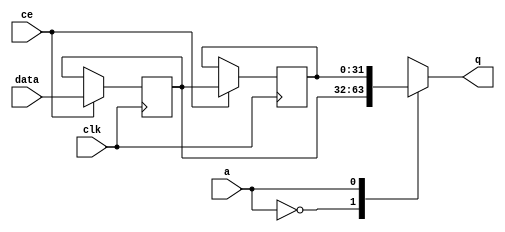
// ==============================================================
// File generated by Vivado(TM) HLS - High-Level Synthesis from C, C++ and SystemC
// Version: 2016.3
// Copyright (C) 1986-2016 Xilinx, Inc. All Rights Reserved.
// 
// ==============================================================


`timescale 1 ns / 1 ps

module udpCapitalize_lb_dEe_shiftReg (
    clk,
    data,
    ce,
    a,
    q);

parameter DATA_WIDTH = 32'd32;
parameter ADDR_WIDTH = 32'd1;
parameter DEPTH = 32'd2;

input clk;
input [DATA_WIDTH-1:0] data;
input ce;
input [ADDR_WIDTH-1:0] a;
output [DATA_WIDTH-1:0] q;

reg[DATA_WIDTH-1:0] SRL_SIG [0:DEPTH-1];
integer i;

always @ (posedge clk)
    begin
        if (ce)
        begin
            for (i=0;i<DEPTH-1;i=i+1)
                SRL_SIG[i+1] <= SRL_SIG[i];
            SRL_SIG[0] <= data;
        end
    end

assign q = SRL_SIG[a];

endmodule

module udpCapitalize_lb_dEe (
    clk,
    reset,
    if_empty_n,
    if_read_ce,
    if_read,
    if_dout,
    if_full_n,
    if_write_ce,
    if_write,
    if_din);

parameter MEM_STYLE = "auto";
parameter DATA_WIDTH = 32'd32;
parameter ADDR_WIDTH = 32'd1;
parameter DEPTH = 32'd2;

input clk;
input reset;
output if_empty_n;
input if_read_ce;
input if_read;
output[DATA_WIDTH - 1:0] if_dout;
output if_full_n;
input if_write_ce;
input if_write;
input[DATA_WIDTH - 1:0] if_din;

wire[ADDR_WIDTH - 1:0] shiftReg_addr ;
wire[DATA_WIDTH - 1:0] shiftReg_data, shiftReg_q;
wire                     shiftReg_ce;
reg[ADDR_WIDTH:0] mOutPtr = {(ADDR_WIDTH+1){1'b1}};
reg internal_empty_n = 0, internal_full_n = 1;

assign if_empty_n = internal_empty_n;
assign if_full_n = internal_full_n;
assign shiftReg_data = if_din;
assign if_dout = shiftReg_q;

always @ (posedge clk) begin
    if (reset == 1'b1)
    begin
        mOutPtr <= ~{ADDR_WIDTH+1{1'b0}};
        internal_empty_n <= 1'b0;
        internal_full_n <= 1'b1;
    end
    else begin
        if (((if_read & if_read_ce) == 1 & internal_empty_n == 1) && 
            ((if_write & if_write_ce) == 0 | internal_full_n == 0))
        begin
            mOutPtr <= mOutPtr -1;
            if (mOutPtr == 0)
                internal_empty_n <= 1'b0;
            internal_full_n <= 1'b1;
        end 
        else if (((if_read & if_read_ce) == 0 | internal_empty_n == 0) && 
            ((if_write & if_write_ce) == 1 & internal_full_n == 1))
        begin
            mOutPtr <= mOutPtr +1;
            internal_empty_n <= 1'b1;
            if (mOutPtr == DEPTH-2)
                internal_full_n <= 1'b0;
        end 
    end
end

assign shiftReg_addr = mOutPtr[ADDR_WIDTH] == 1'b0 ? mOutPtr[ADDR_WIDTH-1:0]:{ADDR_WIDTH{1'b0}};
assign shiftReg_ce = (if_write & if_write_ce) & internal_full_n;

udpCapitalize_lb_dEe_shiftReg 
#(
    .DATA_WIDTH(DATA_WIDTH),
    .ADDR_WIDTH(ADDR_WIDTH),
    .DEPTH(DEPTH))
U_udpCapitalize_lb_dEe_ram (
    .clk(clk),
    .data(shiftReg_data),
    .ce(shiftReg_ce),
    .a(shiftReg_addr),
    .q(shiftReg_q));

endmodule